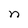
Character: n